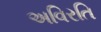
અવિરતિ